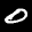
Label: 0